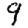
Digit: 9